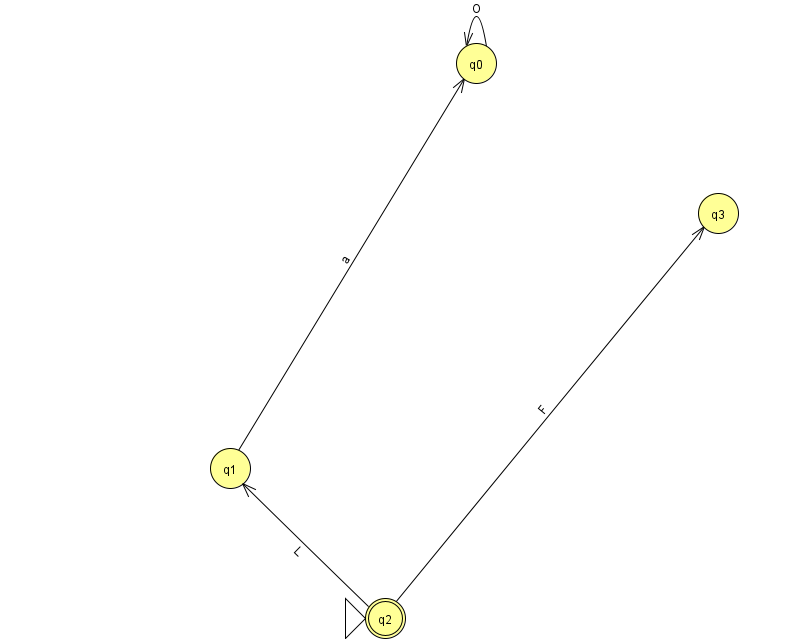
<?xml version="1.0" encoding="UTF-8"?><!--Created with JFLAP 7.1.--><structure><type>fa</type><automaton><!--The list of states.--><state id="0" name="q0"><x>476.0</x><y>50.0</y></state><state id="1" name="q1"><x>230.0</x><y>455.0</y></state><state id="2" name="q2"><x>385.0</x><y>605.0</y><initial/><final/></state><state id="3" name="q3"><x>718.0</x><y>200.0</y></state><!--The list of transitions.--><transition><from>2</from><to>1</to><read>L</read></transition><transition><from>2</from><to>3</to><read>F</read></transition><transition><from>0</from><to>0</to><read>O</read></transition><transition><from>1</from><to>0</to><read>a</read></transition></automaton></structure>